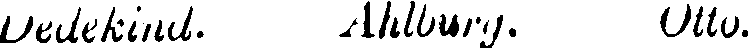
Dedekind. Ahlburg, Otto.